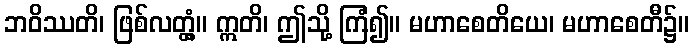
ဘဝိဿတိ၊ ဖြစ်လတ္တံ့။ ဣတိ၊ ဤသို့ ကြံ၍။ မဟာစေတိယေ၊ မဟာစေတီ၌။